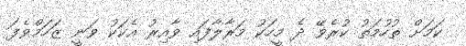
ކަމަށް ތުހުމަތު ކުރެވޭ ދެ މީހަކު މަރާލާފައި ވާއިރު އެކަކު ވަނީ ޒަހަމްވެފަ